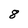
Character: 8